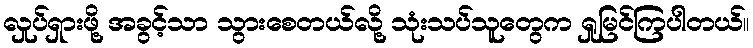
လှုပ်ရှားဖို့ အခွင့်သာ သွားစေတယ်လို့ သုံးသပ်သူတွေက ရှုမြင်ကြပါတယ်။